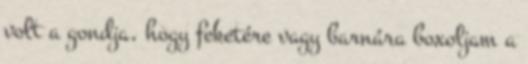
volt a gondja, hogy feketére vagy barnára boxoljam a